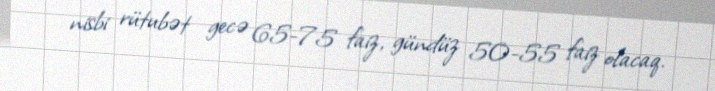
nisbi rütubət gecə 65-75 faiz, gündüz 50-55 faiz olacaq.